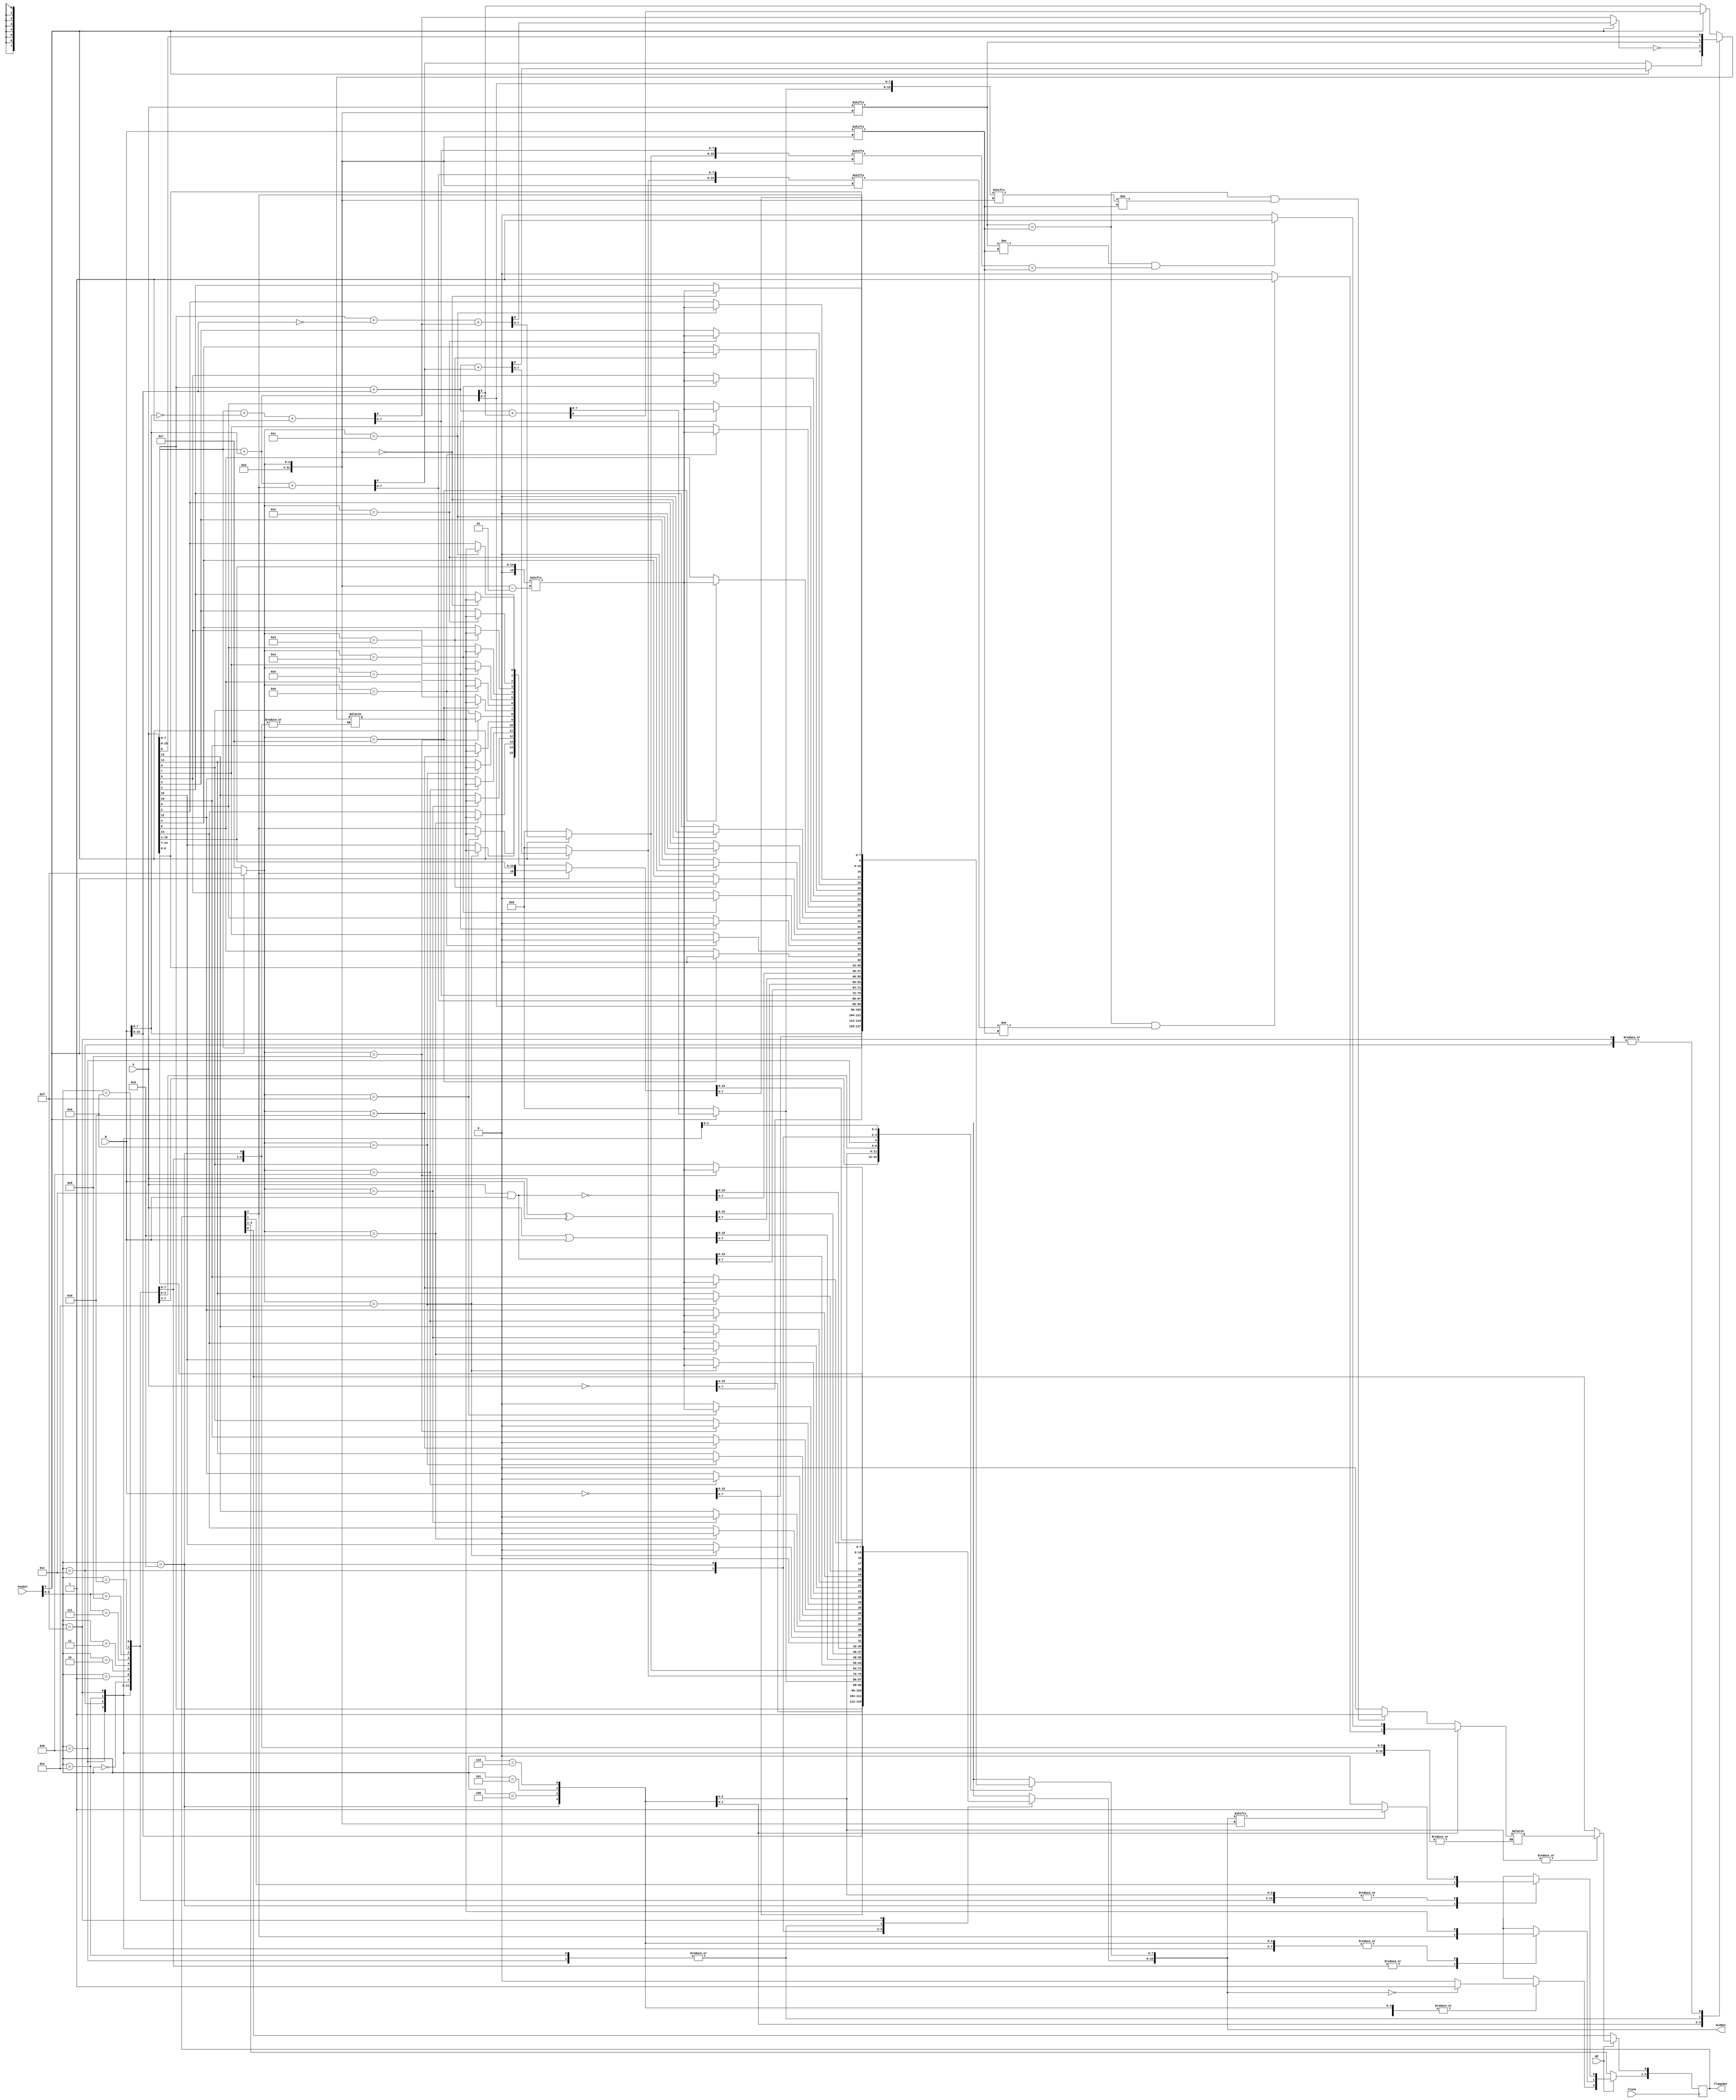
`timescale 1ns / 1ps
//////////////////////////////////////////////////////////////////////////////////
// Company: ITU COMPUTER ENGINEERING DEPARTMENT
// 
// Module Name: ArithmeticLogicUnit
// Project Name: COMPUTER ORGANIZATION PROJECT-1
//////////////////////////////////////////////////////////////////////////////////

module ArithmeticLogicUnit(
    input wire [15:0] A,     // Input Data A
    input wire [15:0] B,     // Input Data B
    input wire [4:0] FunSel, // Function Selector
    input wire WF,           // Write Flag
    input wire Clock,        // Clock Signal
    output reg [15:0] ALUOut,// ALU Output
    output reg [3:0] FlagsOut// Flagsoutput Register
);                                   
     reg Z; // Zero Flag            
     reg C; // Carry Flag         
     reg N; // Negative Flag
     reg O; // Overflow Flag
     // Z|C|N|O
     

    integer sign_bit; // Sign Bit changes depending on Data(8 or 16 bits)

    always @(*) 
    begin
        ALUOut[15:8] = 0; // msb 8 bits 0, if 16 it will be overwritten

        // The Data Size hence Sign Bit depend on the MSB of Function Selector
        if(FunSel[4])
            begin
                // If Data is 16 bits
                sign_bit = 15;
            end 
        else 
            begin
                // If data is 8 bits 
                sign_bit = 7;

            end
        
        // Operations Depending on the rest 4 bits of Function Selector 
        case(FunSel[3:0]) 
            4'b0000 :  ALUOut = A;  // Output A
            4'b0001 :  ALUOut = B;  // Output B
            4'b0010 :  ALUOut = ~A; // Output Complement A
            4'b0011 :  ALUOut = ~B; // Output Complement B
            
            // Arithmetic Operations
            4'b0100 :  // A + B                  
                begin               
                    // Start with 8 bits
                    {C, ALUOut[7:0]} = {1'b0, A[7:0]} + {1'b0, B[7:0]};
                    
                    // If Data is 16 Continue
                    if(FunSel[4])
                            {C, ALUOut[15:8]} = {1'b0, A[15:8]} + {1'b0, B[15:8]} + {8'd0, C};
                       
                    // Overflow Flag Update 
                    if(A[sign_bit]==B[sign_bit] && ALUOut[sign_bit]!=B[sign_bit]) 
                        O = 1;
                    else
                        O = 0;                                  
                end
                
            4'b0101 :  // A + B + Carry
                begin               
                    // Start with 8 bits      
                    {C, ALUOut[7:0]} = {1'b0, A[7:0]} + {1'b0, B[7:0]} + {8'd0, FlagsOut[2]};
                     
                    // If Data is 16 Continue                  
                    if(FunSel[4] == 1)
                            {C, ALUOut[15:8]} = {1'b0, A[15:8]} + {1'b0, B[15:8]} + {8'd0, C};
                            
                    // Overflow Flag Update        
                    if(A[sign_bit]==B[sign_bit] && ALUOut[sign_bit]!=B[sign_bit]) 
                        O = 1;
                    else
                        O = 0;              
                end 
                
            4'b0110 :  // A - B 
                begin                              
                  // Start with 8 bits            
                  {C, ALUOut[7:0]} = {1'b0, A[7:0]} + {1'b0, ~B[7:0]} + 9'd1 ; // 2's Complement
                  
                  // If Data is 16 Continue
                  if(FunSel[4] == 1)
                          {C, ALUOut[15:8]} = {1'b0, A[15:8]} + {1'b0, ~B[15:8]} + {8'd0, C};
                  //Carry works as a Borrow in this operation       
                  C = ~C;
                  
                  // Overflow Flag Update
                  if(A[sign_bit]!=B[sign_bit] && ALUOut[sign_bit]==B[sign_bit]) 
                      O = 1;
                  else
                      O = 0;                
                end
             
            // Logic Operations    
            4'b0111 :  ALUOut = A & B;    // A and B
            4'b1000 :  ALUOut = A | B;    // A or B   
            4'b1001 :  ALUOut = A ^ B;    // A xor B  
            4'b1010 :  ALUOut = ~(A & B); // A nand B
            
            // Shift Operations
            4'b1011 :  // LSL : Logical Shift Left 
                begin
                    C = A[sign_bit];
                    ALUOut = A;
                    ALUOut = ALUOut << 1;     
                end 
                  
            4'b1100 :  // LSR : Logical Shift Right
                begin
                     C = A[0];
                     ALUOut = A;
                     ALUOut = ALUOut >> 1;
                     
                     ALUOut[sign_bit] = 0;
                     
                     // Negative Flag Update Always 0 is inserted
                     N = 0;      
                end 
                 
            4'b1101 :  // ASR : Arithmetic Shift Right
                begin               
                    ALUOut = A;
                    ALUOut = ALUOut >> 1;
                    
                    ALUOut[sign_bit] = ALUOut[sign_bit -1];                      
                end 
                
            4'b1110 :  // CSL : Circular Shift Left
                begin
                    ALUOut = {A[14: 0], FlagsOut[2]};
                    C = A[sign_bit];
                end  
                
            4'b1111 :  // CSR : Circular Shift Right
                 begin
                      ALUOut = {FlagsOut[2], A[15:1]};
                      
                       // if 8 bits            
                      if(~FunSel[4])          
                           ALUOut[sign_bit] = C; 
                           
                       C = A[0]; 
                   end
                
                                                                       
        endcase
        
        // Negative Flag Update
        if(ALUOut[sign_bit])
             N = 1;
        else
             N = 0;
    
        // Zero Flag Update    
        if(ALUOut == 16'd0)
            Z = 1;
        else
            Z = 0; 
              
    end
  
    // Update Flags Register depending on the Clock Signal  
    always @(posedge Clock) 
        begin
            // Works if Write Flag is Enabled
            if(WF)
                begin
                    case(FunSel[3:0])
                        4'b0000, 4'b0001, 4'b0010, 4'b0011, 4'b0111, 4'b1000, 4'b1001, 4'b1010:
                            begin
                                FlagsOut[3] = Z;
                                FlagsOut[1] = N;
                            end
                        4'b0100, 4'b0101, 4'b0110: FlagsOut <= {Z, C, N, O}; 
                        4'b1101: 
                            begin
                                FlagsOut[3] = Z;
                                FlagsOut[2] = C;
                            end
                        4'b1011, 4'b1100, 4'b1110, 4'b1111:
                            begin
                                FlagsOut[3] = Z;
                                FlagsOut[2] = C;
                                FlagsOut[1] = N;
                            end
                    endcase
                
                end
        end
endmodule